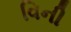
વિની